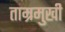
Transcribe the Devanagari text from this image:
ताम्रमुखी